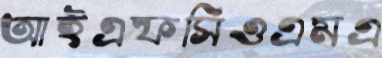
আইএফসিওএমএ